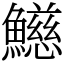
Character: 𩼰